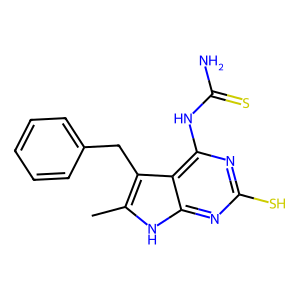
SMILES: Cc1[nH]c2nc(S)nc(NC(N)=S)c2c1Cc1ccccc1
Inhibits HIV replication: No